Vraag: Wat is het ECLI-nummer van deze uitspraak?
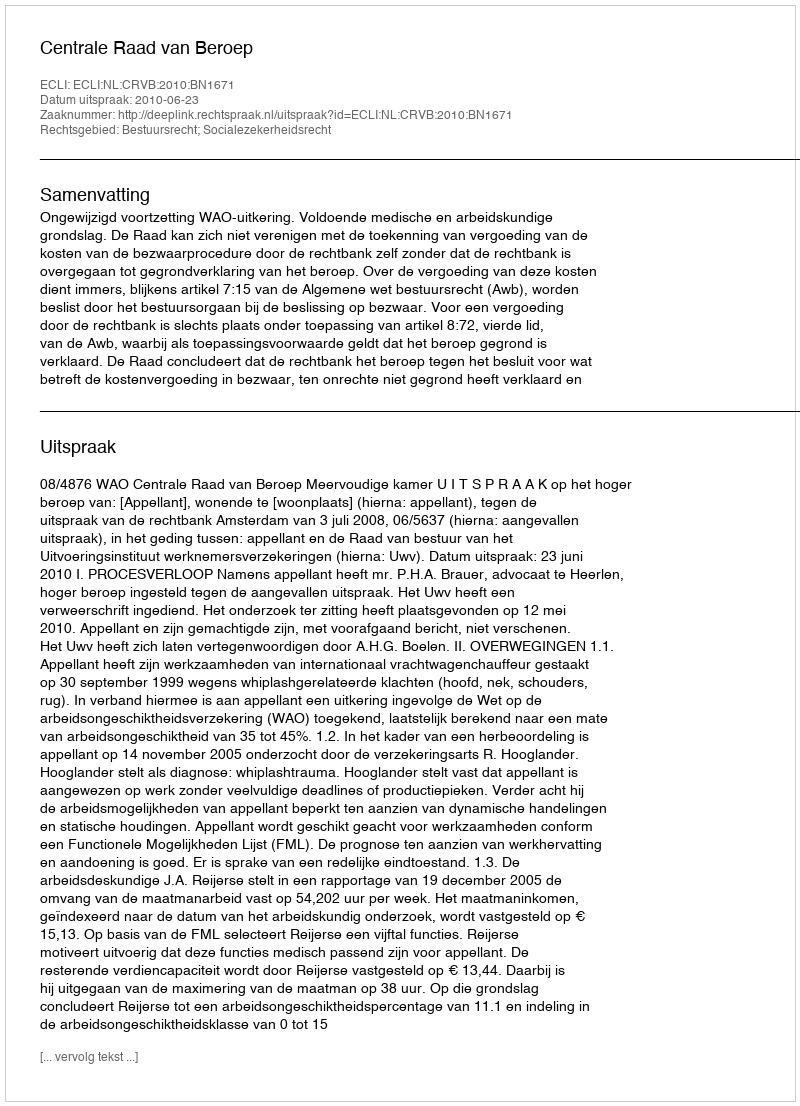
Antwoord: ECLI:NL:CRVB:2010:BN1671